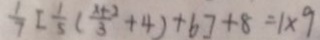
\frac { 1 } { 7 } [ \frac { 1 } { 5 } ( \frac { x + 2 } { 3 } + 4 ) + 6 ] + 8 = 1 \times 9